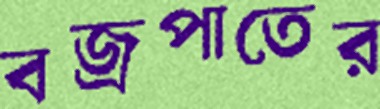
বজ্রপাতের